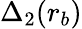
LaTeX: \Delta_{2}(r_{b})